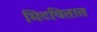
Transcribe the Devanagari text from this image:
मिटवितात